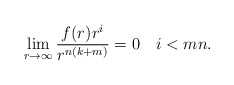
\begin{align*} \lim_{r \to \infty} \dfrac{f(r)r^i}{r^{n(k+m)}} = 0 \ \ \ i < mn.\end{align*}